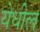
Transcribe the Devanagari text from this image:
येधील